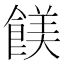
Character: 𩝏